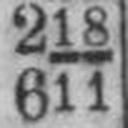
611